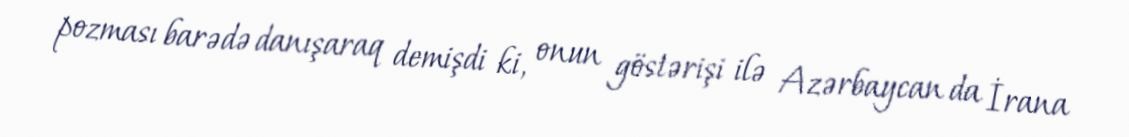
pozması barədə danışaraq demişdi ki, onun göstərişi ilə Azərbaycan da İrana